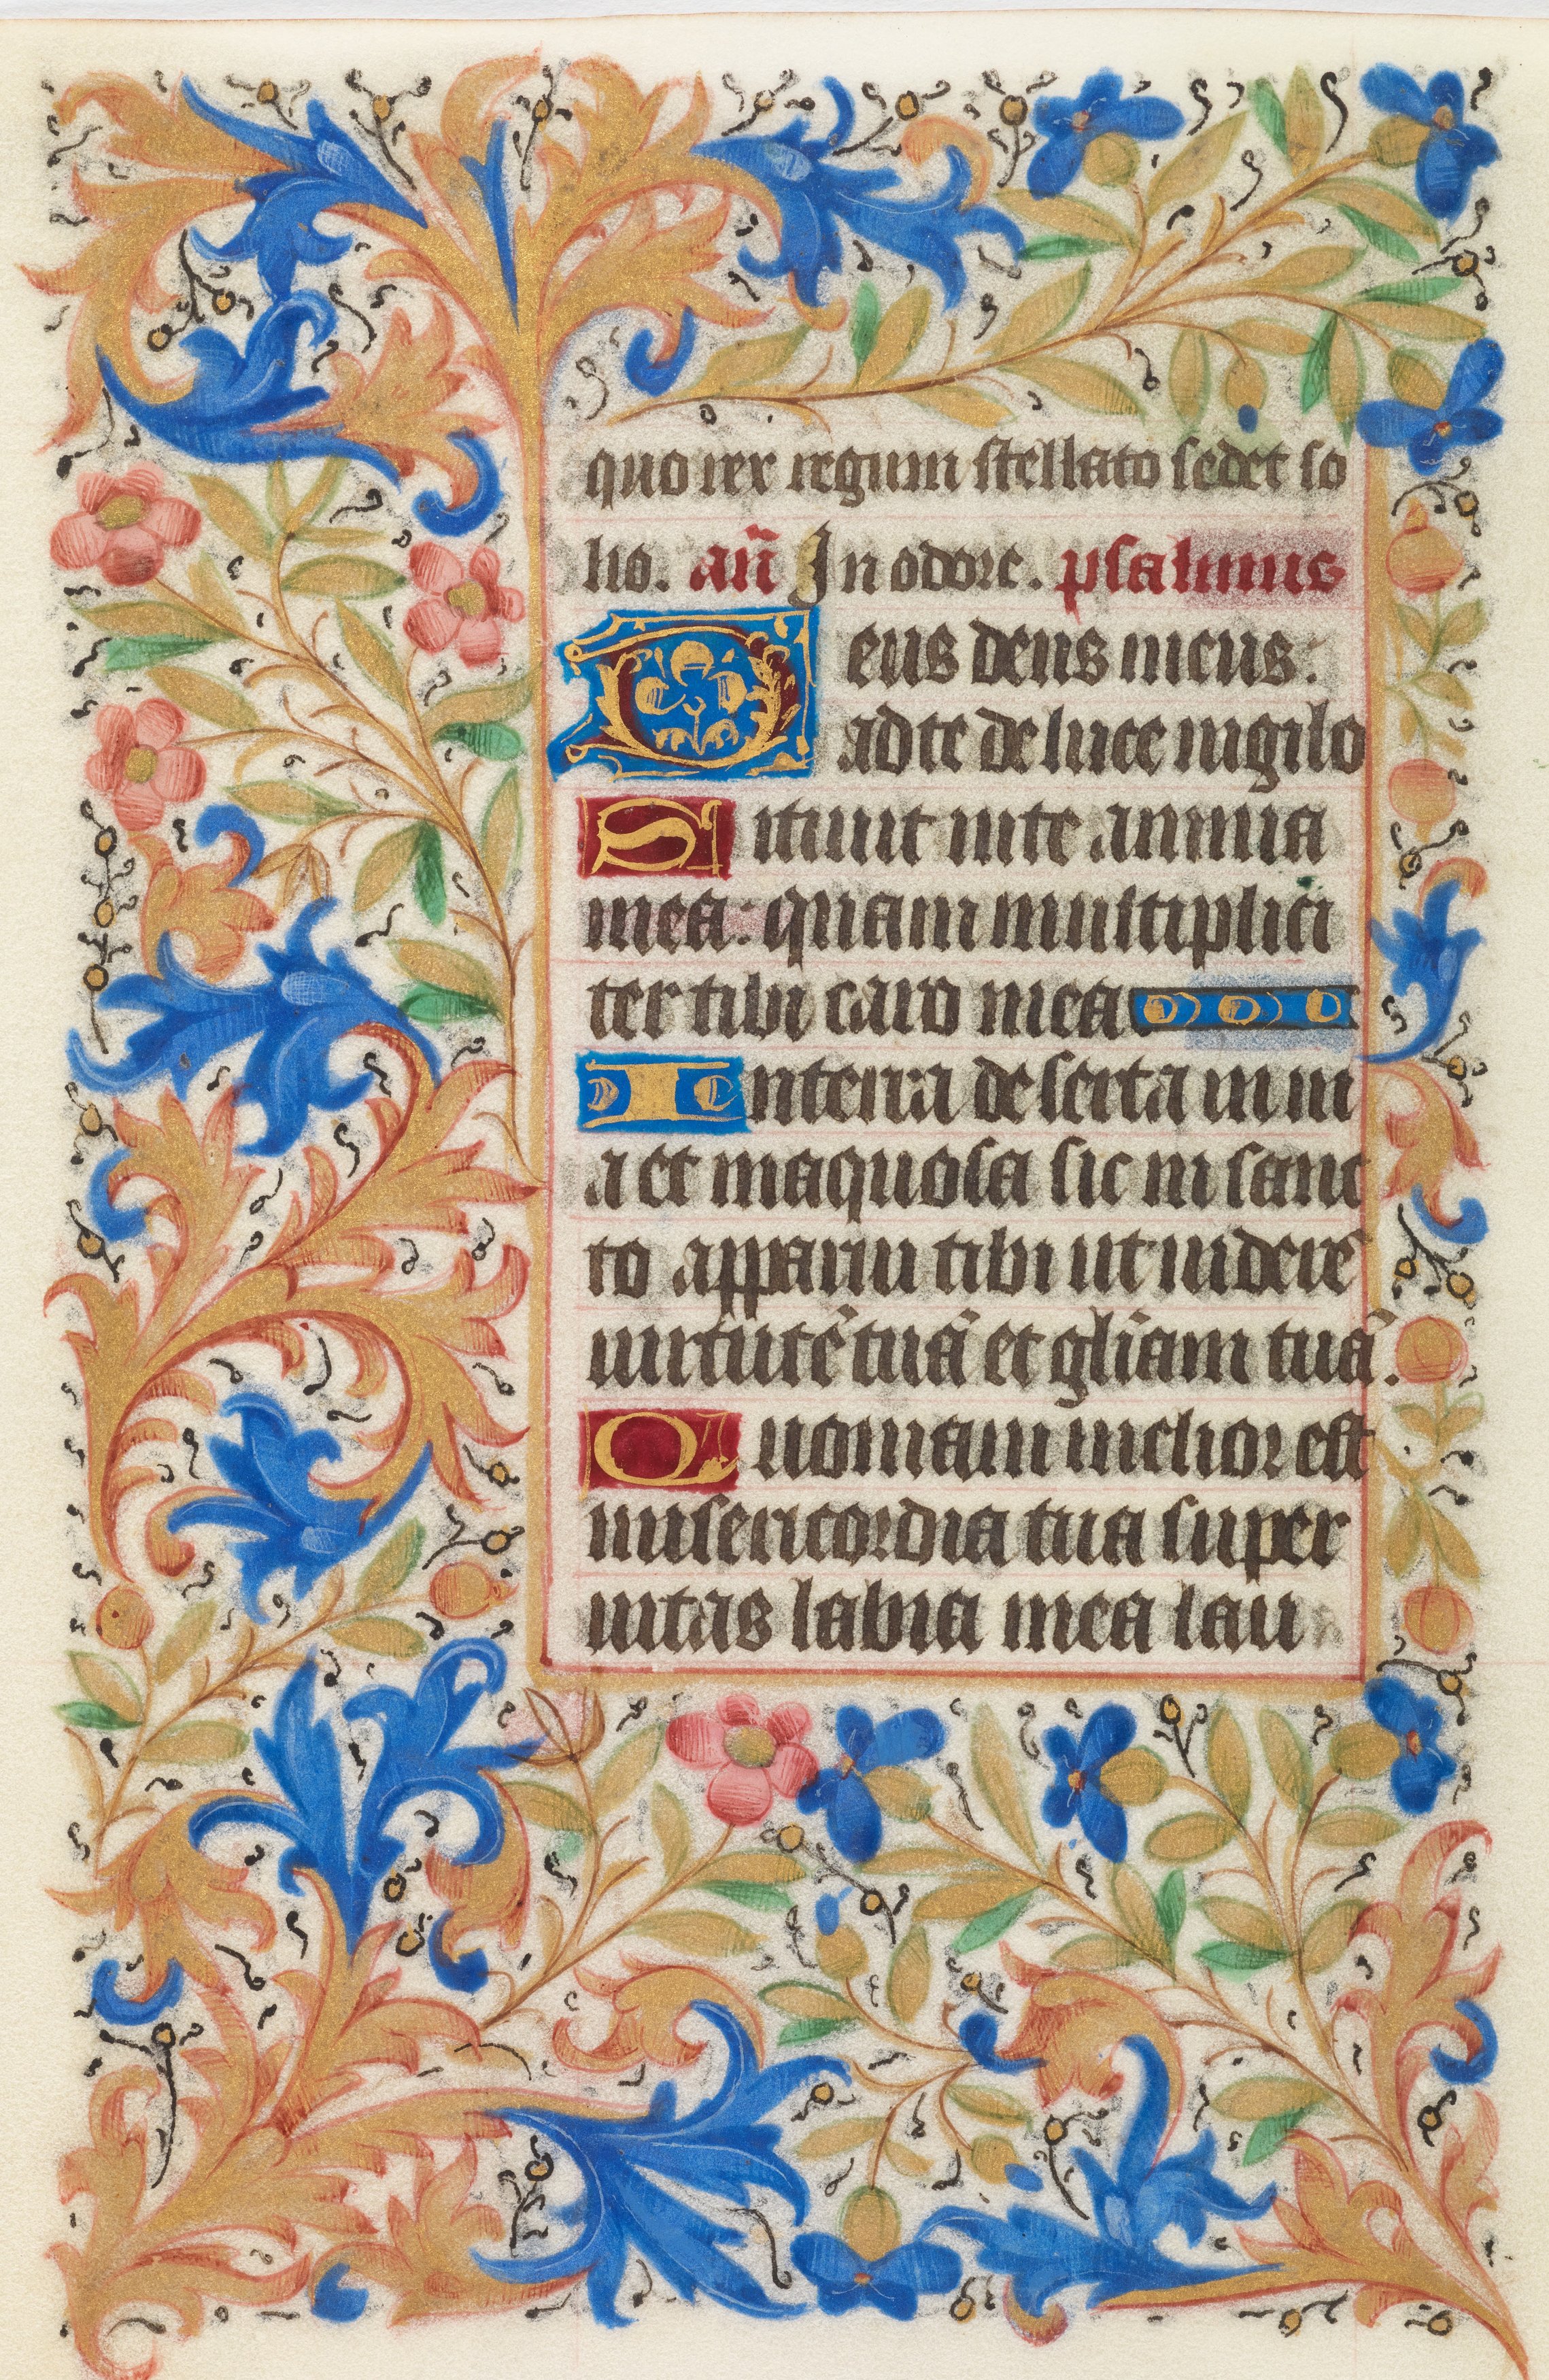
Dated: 1450–1460